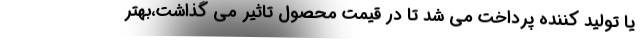
یا تولید کننده پرداخت می شد تا در قیمت محصول تاثیر می گذاشت،‌بهتر